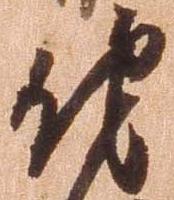
他